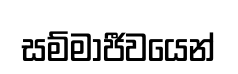
සම්මාජීවයෙන්